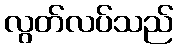
လွတ်လပ်သည်